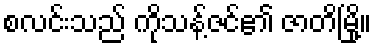
စလင်းသည် ကိုသန့်ဇင်၏ ဇာတိမြို့။